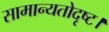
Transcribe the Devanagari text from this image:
सामान्यतोदृष्ट।